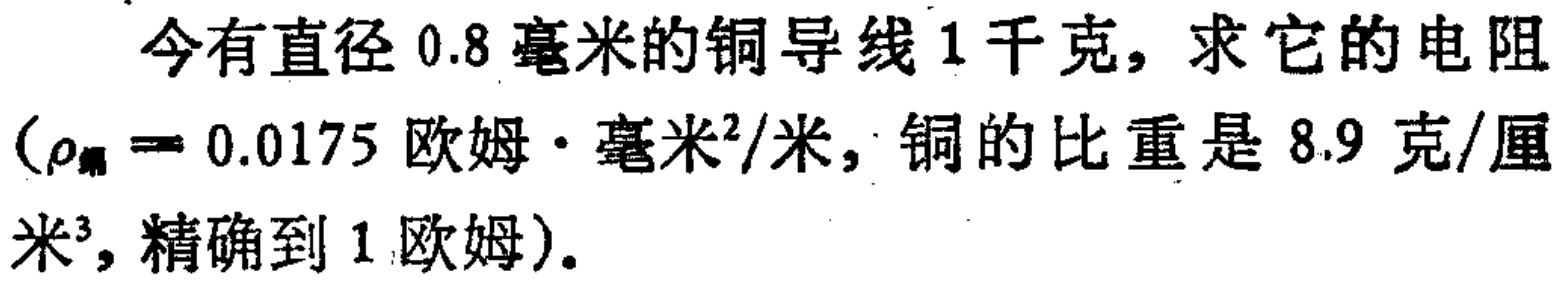
今有直径$0.8$毫米的铜导线$1$千克，求它的电阻（$\rho_{铜}= 0.0175$欧姆$\cdot$毫米$^{2}$/米，铜的比重是$8.9$克/厘米$^{3}$，精确到$1$欧姆）。